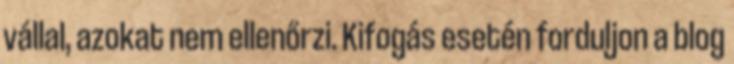
vállal, azokat nem ellenőrzi. Kifogás esetén forduljon a blog